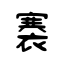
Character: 褰